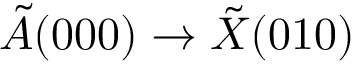
\tilde { A } ( 0 0 0 ) \rightarrow \tilde { X } ( 0 1 0 )